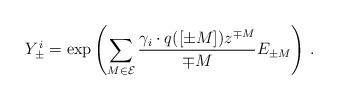
LaTeX: \begin{align*}Y^{i}_{\pm }=\exp \left( \sum _{M\in \cal E}\frac{\gamma _{i}\cdot q([\pm M])z^{\mp M}}{\mp M}E_{\pm M}\right) \, .\end{align*}